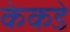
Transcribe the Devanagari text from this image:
केकडे